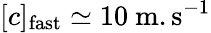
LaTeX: [c]_{\mathrm{fast}}\simeq 10\ \mathrm{m.s^{-1}}